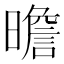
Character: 曕